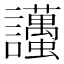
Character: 𧮚